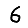
Digit: 6